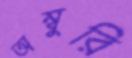
অম্বুরি